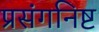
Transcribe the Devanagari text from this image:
प्रसंगनिष्ट